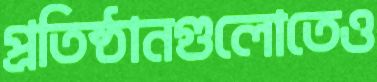
প্রতিষ্ঠানগুলোতেও